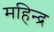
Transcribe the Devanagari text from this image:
महिन्द्र